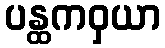
ပန္ထကဝှယာ